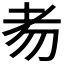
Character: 𦒶